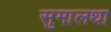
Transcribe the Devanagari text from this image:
सुमालथा